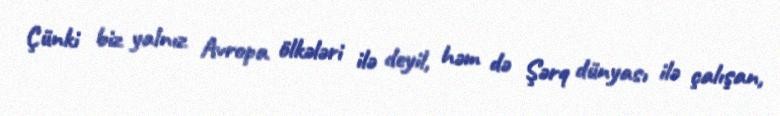
Çünki biz yalnız Avropa ölkələri ilə deyil, həm də Şərq dünyası ilə çalışan,